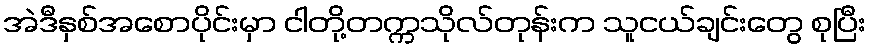
အဲဒီနှစ်အစောပိုင်းမှာ ငါတို့တက္ကသိုလ်တုန်းက သူငယ်ချင်းတွေ စုပြီး